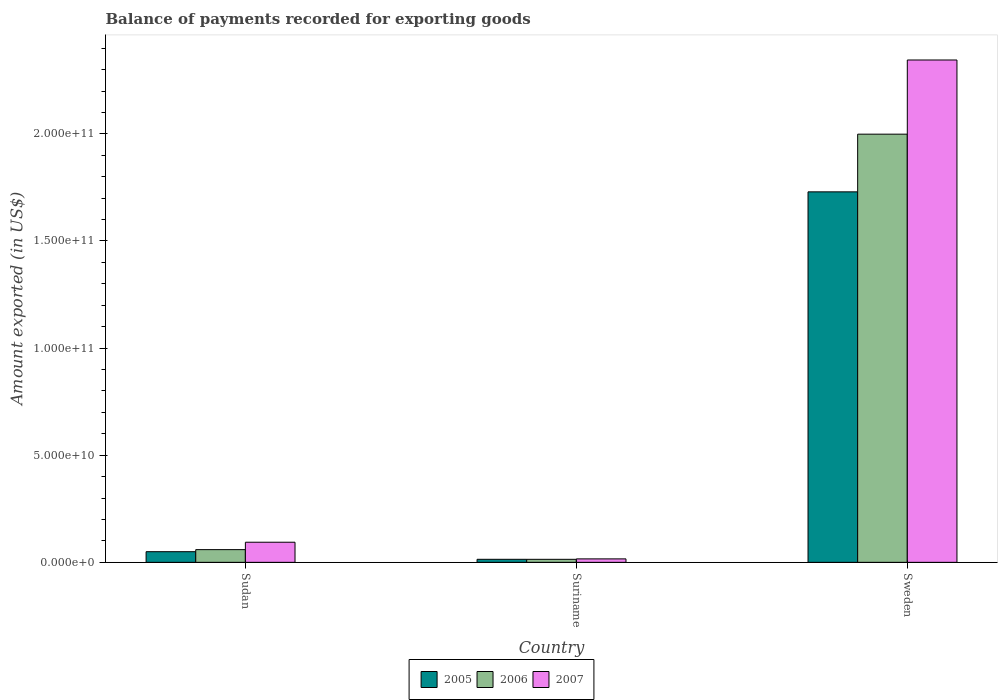
| Country | 2005 | 2006 | 2007 |
 | --- | --- | --- | --- |
 | Sudan | 4.97e+09 | 5.93e+09 | 9.39e+09 |
 | Suriname | 1.42e+09 | 1.41e+09 | 1.61e+09 |
 | Sweden | 1.73e+11 | 2e+11 | 2.34e+11 |